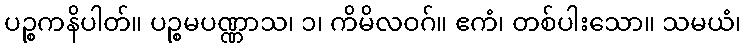
ပဉ္စကနိပါတ်။ ပဉ္စမပဏ္ဏာသ၊ ၁၊ ကိမိလဝဂ်။ ဧကံ၊ တစ်ပါးသော။ သမယံ၊